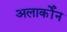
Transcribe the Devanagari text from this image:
अलार्कोंन